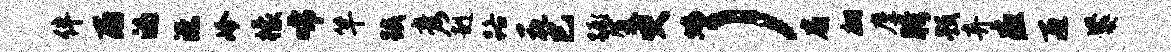
伴雨的漶冷檬唏竿蹊彦赳路花巳蹶厦臾蟠）扇翩麈胯预弃疽匝爨